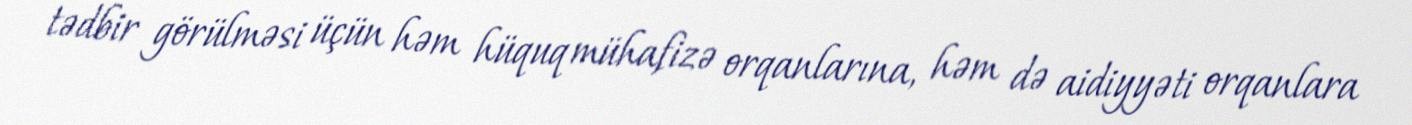
tədbir görülməsi üçün həm hüquq mühafizə orqanlarına, həm də aidiyyəti orqanlara